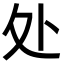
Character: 处